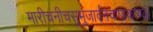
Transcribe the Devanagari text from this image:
मारीचनीचसुभुजार्दनचण्डकाण्ड।